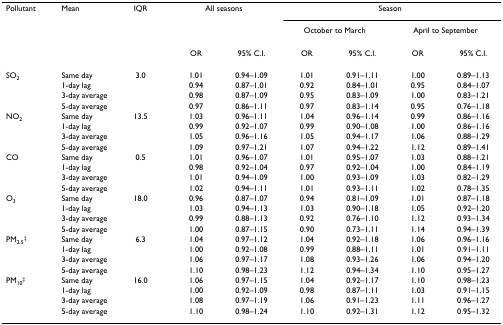
<table><thead><tr><td><b>Pollutant</b></td><td><b>Mean</b></td><td><b>IQR</b></td><td colspan="2"><b>All seasons</b></td><td colspan="4"><b>Season</b></td></tr><tr><td></td><td></td><td></td><td></td><td></td><td colspan="2"><b>October to March</b></td><td colspan="2"><b>April to September</b></td></tr><tr><td></td><td></td><td></td><td><b>OR</b></td><td><b>95% C.I.</b></td><td><b>OR</b></td><td><b>95% C.I.</b></td><td><b>OR</b></td><td><b>95% C.I.</b></td></tr></thead><tbody><tr><td>SO<sub>2</sub></td><td>Same day</td><td>3.0</td><td>1.01</td><td>0.94–1.09</td><td>1.01</td><td>0.91–1.11</td><td>1.00</td><td>0.89–1.13</td></tr><tr><td></td><td>1-day lag</td><td></td><td>0.94</td><td>0.87–1.01</td><td>0.92</td><td>0.84–1.01</td><td>0.95</td><td>0.84–1.07</td></tr><tr><td></td><td>3-day average</td><td></td><td>0.98</td><td>0.87–1.09</td><td>0.95</td><td>0.83–1.09</td><td>1.00</td><td>0.83–1.21</td></tr><tr><td></td><td>5-day average</td><td></td><td>0.97</td><td>0.86–1.11</td><td>0.97</td><td>0.83–1.14</td><td>0.95</td><td>0.76–1.18</td></tr><tr><td>NO<sub>2</sub></td><td>Same day</td><td>13.5</td><td>1.03</td><td>0.96–1.11</td><td>1.04</td><td>0.96–1.14</td><td>0.99</td><td>0.86–1.16</td></tr><tr><td></td><td>1-day lag</td><td></td><td>0.99</td><td>0.92–1.07</td><td>0.99</td><td>0.90–1.08</td><td>1.00</td><td>0.86–1.16</td></tr><tr><td></td><td>3-day average</td><td></td><td>1.05</td><td>0.96–1.16</td><td>1.05</td><td>0.94–1.17</td><td>1.06</td><td>0.88–1.29</td></tr><tr><td></td><td>5-day average</td><td></td><td>1.09</td><td>0.97–1.21</td><td>1.07</td><td>0.94–1.22</td><td>1.12</td><td>0.89–1.41</td></tr><tr><td>CO</td><td>Same day</td><td>0.5</td><td>1.01</td><td>0.96–1.07</td><td>1.01</td><td>0.95–1.07</td><td>1.03</td><td>0.88–1.21</td></tr><tr><td></td><td>1-day lag</td><td></td><td>0.98</td><td>0.92–1.04</td><td>0.97</td><td>0.92–1.04</td><td>1.00</td><td>0.84–1.19</td></tr><tr><td></td><td>3-day average</td><td></td><td>1.01</td><td>0.94–1.09</td><td>1.00</td><td>0.93–1.09</td><td>1.03</td><td>0.82–1.29</td></tr><tr><td></td><td>5-day average</td><td></td><td>1.02</td><td>0.94–1.11</td><td>1.01</td><td>0.93–1.11</td><td>1.02</td><td>0.78–1.35</td></tr><tr><td>O<sub>3</sub></td><td>Same day</td><td>18.0</td><td>0.96</td><td>0.87–1.07</td><td>0.94</td><td>0.81–1.09</td><td>1.01</td><td>0.87–1.18</td></tr><tr><td></td><td>1-day lag</td><td></td><td>1.03</td><td>0.94–1.13</td><td>1.03</td><td>0.90–1.18</td><td>1.05</td><td>0.92–1.20</td></tr><tr><td></td><td>3-day average</td><td></td><td>0.99</td><td>0.88–1.13</td><td>0.92</td><td>0.76–1.10</td><td>1.12</td><td>0.93–1.34</td></tr><tr><td></td><td>5-day average</td><td></td><td>1.00</td><td>0.87–1.15</td><td>0.90</td><td>0.73–1.11</td><td>1.14</td><td>0.94–1.39</td></tr><tr><td>PM<sub>2.5</sub><sup>‡</sup></td><td>Same day</td><td>6.3</td><td>1.04</td><td>0.97–1.12</td><td>1.04</td><td>0.92–1.18</td><td>1.06</td><td>0.96–1.16</td></tr><tr><td></td><td>1-day lag</td><td></td><td>1.00</td><td>0.92–1.08</td><td>0.99</td><td>0.88–1.11</td><td>1.01</td><td>0.91–1.11</td></tr><tr><td></td><td>3-day average</td><td></td><td>1.06</td><td>0.97–1.17</td><td>1.08</td><td>0.93–1.26</td><td>1.06</td><td>0.94–1.20</td></tr><tr><td></td><td>5-day average</td><td></td><td>1.10</td><td>0.98–1.23</td><td>1.12</td><td>0.94–1.34</td><td>1.10</td><td>0.95–1.27</td></tr><tr><td>PM<sub>10</sub><sup>‡</sup></td><td>Same day</td><td>16.0</td><td>1.06</td><td>0.97–1.15</td><td>1.04</td><td>0.92–1.17</td><td>1.10</td><td>0.98–1.23</td></tr><tr><td></td><td>1-day lag</td><td></td><td>1.00</td><td>0.92–1.09</td><td>0.98</td><td>0.87–1.11</td><td>1.03</td><td>0.91–1.15</td></tr><tr><td></td><td>3-day average</td><td></td><td>1.08</td><td>0.97–1.19</td><td>1.06</td><td>0.91–1.23</td><td>1.11</td><td>0.96–1.27</td></tr><tr><td></td><td>5-day average</td><td></td><td>1.10</td><td>0.98–1.24</td><td>1.10</td><td>0.92–1.31</td><td>1.12</td><td>0.95–1.32</td></tr></tbody></table>